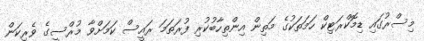
މިސްރުގައި ޑިމޮކްރަޓިކް ހަމަތަކުގެ މަތިން އިންތިހާބުކުރި ފުރަތަމަ ރައީސް ކަމަށްވާ މުރްސީގެ ވެރިކަން